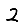
Digit: 2